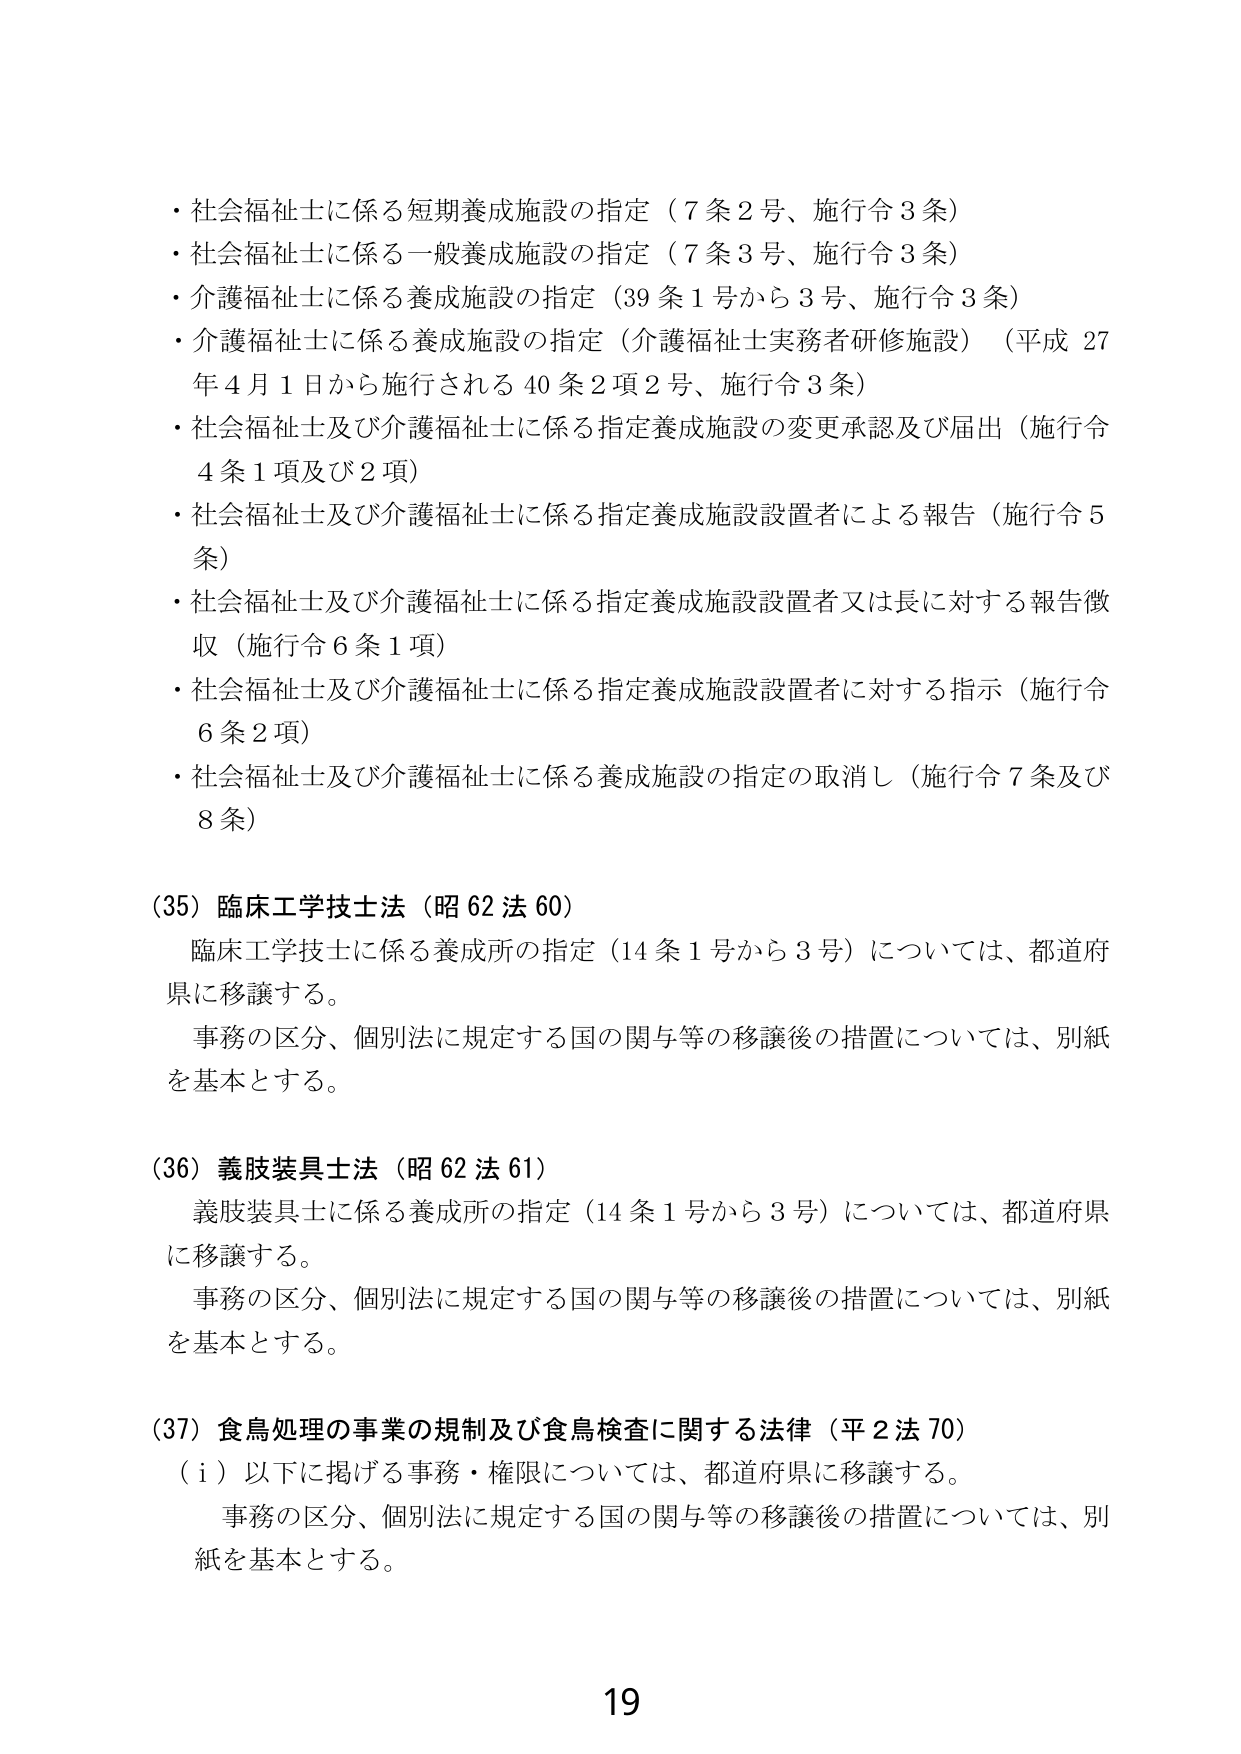
・社会福祉士に係る短期養成施設の指定（7条2号、施行令3条）
・社会福祉士に係る一般養成施設の指定（7条3号、施行令3条）
・介護福祉士に係る養成施設の指定（39条1号から3号、施行令3条）
・介護福祉士に係る養成施設の指定（介護福祉士実務者研修施設）（平成27年4月1日から施行される40条2項2号、施行令3条）
・社会福祉士及び介護福祉士に係る指定養成施設の変更承認及び届出（施行令4条1項及び2項）
・社会福祉士及び介護福祉士に係る指定養成施設設置者による報告（施行令5条）
・社会福祉士及び介護福祉士に係る指定養成施設設置者又は長に対する報告徴収（施行令6条1項）
・社会福祉士及び介護福祉士に係る指定養成施設設置者に対する指示（施行令6条2項）
・社会福祉士及び介護福祉士に係る養成施設の指定の取消し（施行令7条及び8条）

（35）臨床工学技士法（昭62法60）
　臨床工学技士に係る養成所の指定（14条1号から3号）については、都道府県に移譲する。
　事務の区分、個別法に規定する国の関与等の移譲後の措置については、別紙を基本とする。

（36）義肢装具士法（昭62法61）
　義肢装具士に係る養成所の指定（14条1号から3号）については、都道府県に移譲する。
　事務の区分、個別法に規定する国の関与等の移譲後の措置については、別紙を基本とする。

（37）食鳥処理の事業の規制及び食鳥検査に関する法律（平2法70）
　（i）以下に掲げる事務・権限については、都道府県に移譲する。
　　事務の区分、個別法に規定する国の関与等の移譲後の措置については、別紙を基本とする。

19